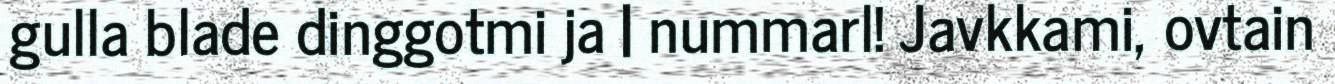
gulla blade dinggotmi ja | nummarl! Javkkami, ovtain